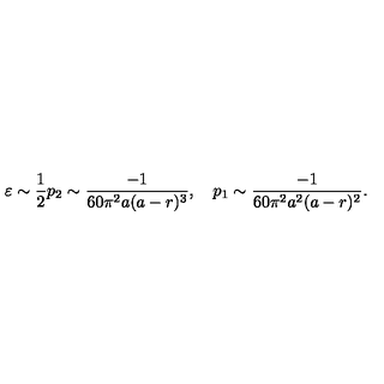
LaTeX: \varepsilon \sim \frac { 1 } { 2 } p _ { 2 } \sim \frac { - 1 } { 6 0 \pi ^ { 2 } a ( a - r ) ^ { 3 } } , \quad p _ { 1 } \sim \frac { - 1 } { 6 0 \pi ^ { 2 } a ^ { 2 } ( a - r ) ^ { 2 } } .